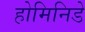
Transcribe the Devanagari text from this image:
होमिनिडे